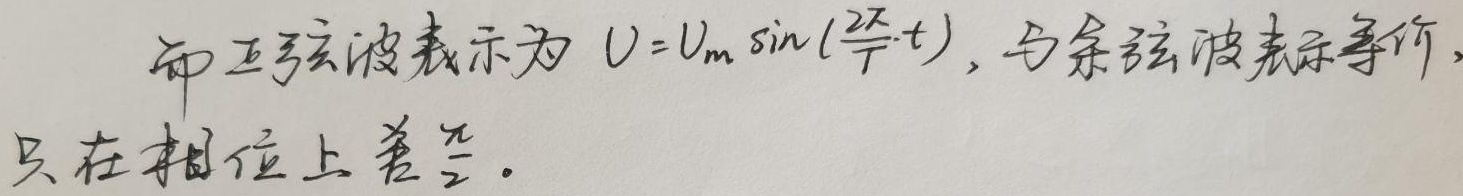
而正弦波表示为\(U = U_m\sin(\frac{2\pi}{T}t)\)，与余弦波表示等价，只在相位上差\(\frac{\pi}{2}\)。